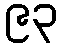
၉၃